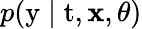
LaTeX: p(\mathrm{y}\mid\mathrm{t},\mathbf{x},\theta)